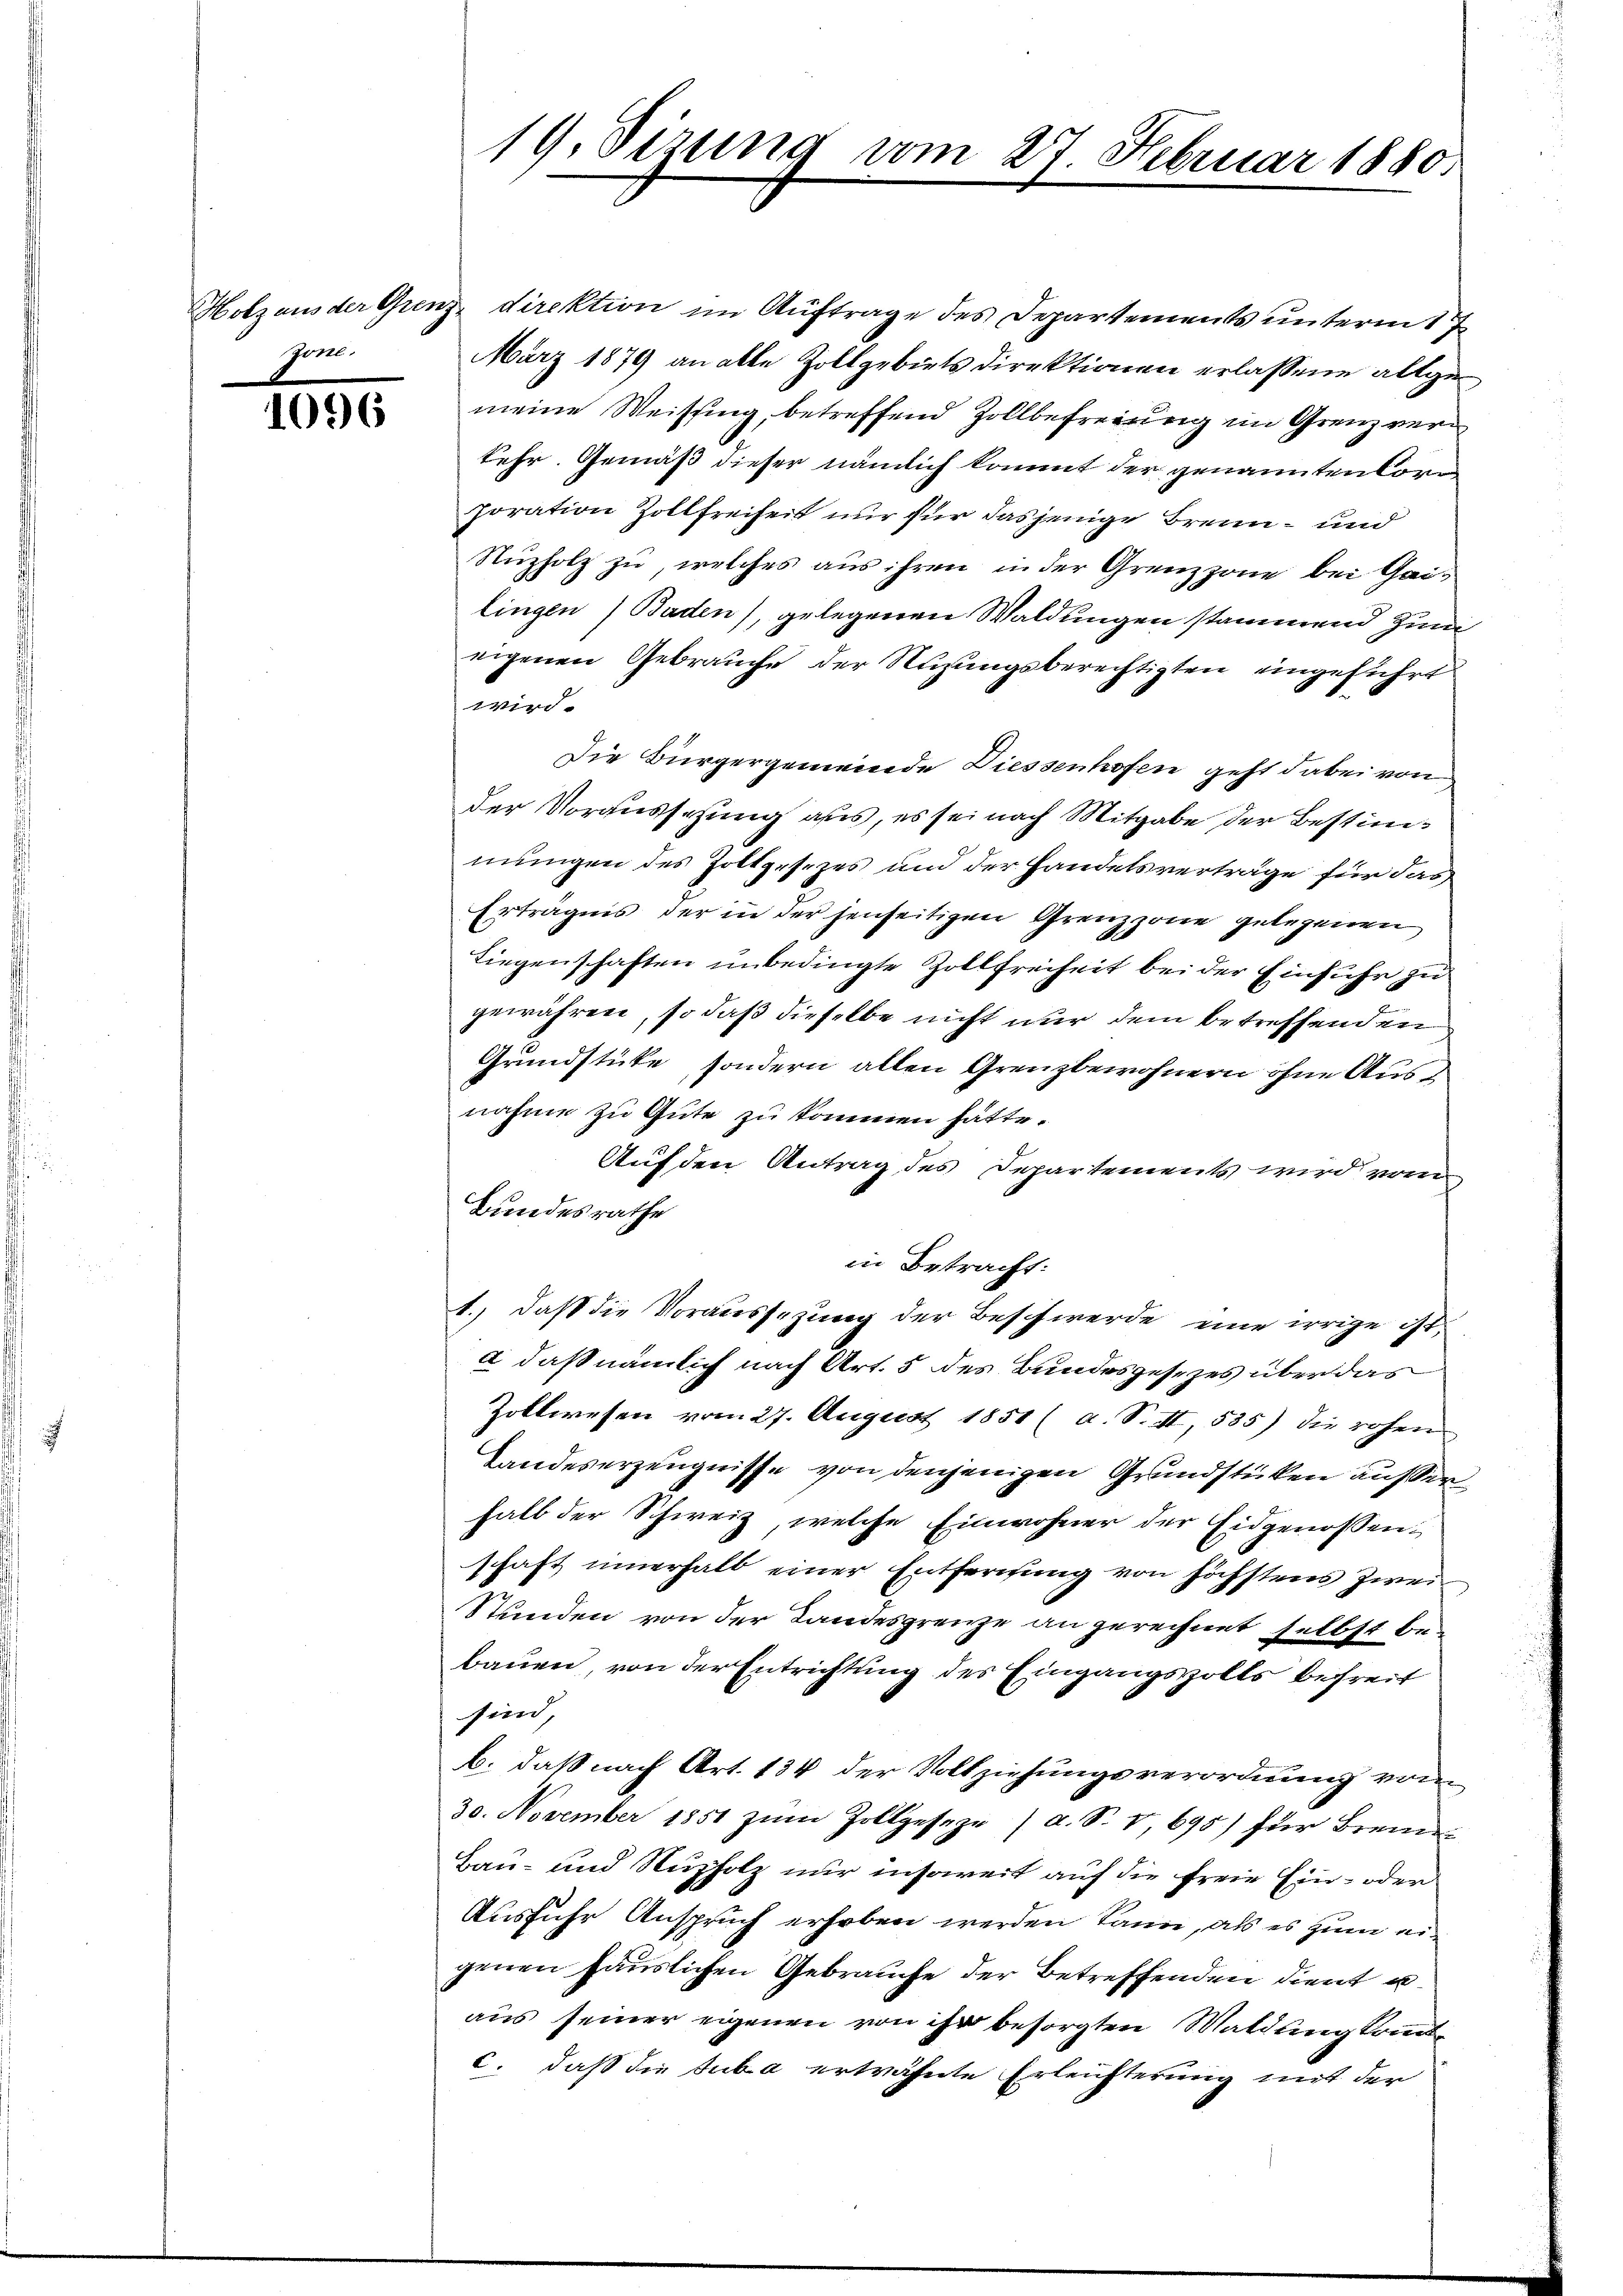
Iin.

1096

Holzaus der Grenz direktion im Auftrage des Departements unterm 17
März 1879 an alle Zollgebiets direktionen erlassene allgemeine Weisung, betreffend Zollbefreiung im Grenz verkehr. Gemäß dieser nämlich kommt der genannten Corn
poration Zollfreiheit nur für dasjenige Brenn- und
Nuzholz zu, welches aus ihren in der Grenzzone bei Gailingen Baden), gelegenen Waldungen stammend Zünieigenen Gebrauche der Nuzungsberechtigten eingeführt
.
wird.
Die Bürgergemeinde Diessenhofen geht dabei von
der Voraussehung aus, es sei nach Mitgabe der Bestimmungen des Holtzesezes und der Handelsverträge für das
Erträgnis der in der jenseitigen Grenzzone gelegenen
Liegenschaften unbedingte Zollfreiheit bei der Einfuhr zu
gewähren, so daß dieselbe nicht nur dem betreffenden
Grundstücke, sondern allen Grenzbewohnern ohne Ausnahme zu Gute zu kommen hätte.
Auf den Antrag des Departements wird vom
Bundesrathe
in Betracht:
1.) Daß die Voraussezung der Beschwerde eine irrige ist,
a daß nämlich nach Art. 5 des Bundesgesezes über das
Zollwesen vom 27. August 1851 (a. S. II, 535) die rohen
Landeserzeugnisse von denjenigen Grundstücken außer
halb der Schweiz, welche Einwohner der Eidgenossen
schaft innerhalb einer Entfernung von höchstens Zwei¬
Stunden von der Landesgrenze an gerechnet selbst bebauen, von der Entrichtung des Eingangszolls bereit
sind,
b. daß nach Art. 134 der Vollziehungsverordnung vom
30. November 1851 zum Zollgeseze / a. S. V, 695) für Brenn¬
Bau- und Nuzholz nur insoweit auf die freie Ein- oder
Ausfuhr Anspruch erhoben werden kann, als es zum eigenen häuslichen Gebrauche der Betreffenden dient u
aus seiner eigenen von ihr besorgten Waldung kommt
c. daß die Suba erträhnte Erleichterung mit der

19. Sizung vom 27. Februar 1880